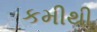
કમીથી